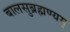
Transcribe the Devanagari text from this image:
बालसुब्रह्मण्यम्